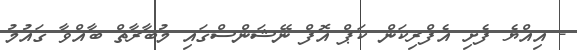
- އިއްޔެ ފެށި އެފްރިކަން ކަޕް އޮފް ނޭޝަންސްގައި މުބާރާތް ބާއްވާ ގައުމު